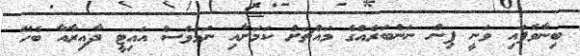
ބިނާވެފައި ވަނީ ޕިން ނަންބަރެއްގެ މައްޗަށް ކަމަށާއި ނަމަވެސް އައިޓީ ދާއިރާއާ ބެހޭ